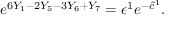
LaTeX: e ^ { 6 Y _ { 1 } - 2 Y _ { 5 } - 3 Y _ { 6 } + Y _ { 7 } } = \epsilon ^ { 1 } e ^ { - \tilde { c } ^ { 1 } } .